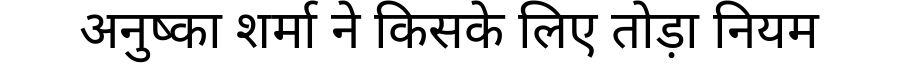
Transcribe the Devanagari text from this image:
अनुष्का शर्मा ने किसके लिए तोड़ा नियम